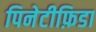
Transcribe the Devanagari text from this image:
पिनेटीफ़िडा